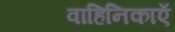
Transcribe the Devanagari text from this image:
वाहिनिकाएँ